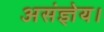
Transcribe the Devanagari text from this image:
असंज्ञेय।